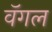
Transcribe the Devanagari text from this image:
वॅगल